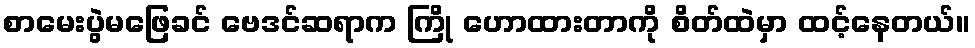
စာမေးပွဲမဖြေခင် ဗေဒင်ဆရာက ကြို ဟောထားတာကို စိတ်ထဲမှာ ထင့်နေတယ်။